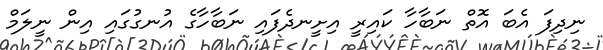
ނިދިފަ އެބަ އޮތް ނަބާހާ ކައިރީ އިށީނދެފައި ނަބާހާގެ އުނގުގައި އިން ނީލަމް